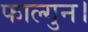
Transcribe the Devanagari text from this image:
फाल्गुन।